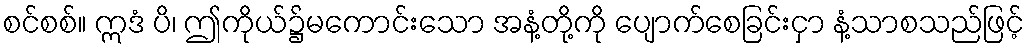
စင်စစ်။ ဣဒံ ပိ၊ ဤကိုယ်၌မကောင်းသော အနံ့တို့ကို ပျောက်စေခြင်းငှာ နံ့သာစသည်ဖြင့်